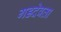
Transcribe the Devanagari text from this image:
गडदेवता